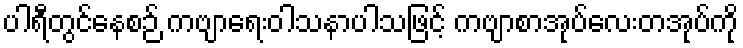
ပါရီတွင်နေစဉ် ကဗျာရေးဝါသနာပါသဖြင့် ကဗျာစာအုပ်လေးတအုပ်ကို